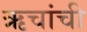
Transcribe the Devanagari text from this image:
ऋचांची